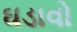
ઘડાવો